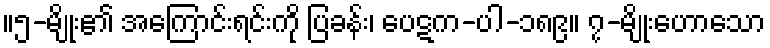
။၅-မျိုး၏ အကြောင်းရင်းကို ပြခန်း၊ ပေဋက-ပါ-၁၈၉။ ၇-မျိုးဟောသော